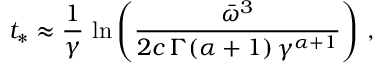
t _ { * } \approx \frac { 1 } { \gamma } \, \ln \left( \frac { \bar { \omega } ^ { 3 } } { 2 c \, \Gamma ( \alpha + 1 ) \, \gamma ^ { \alpha + 1 } } \right) \, ,